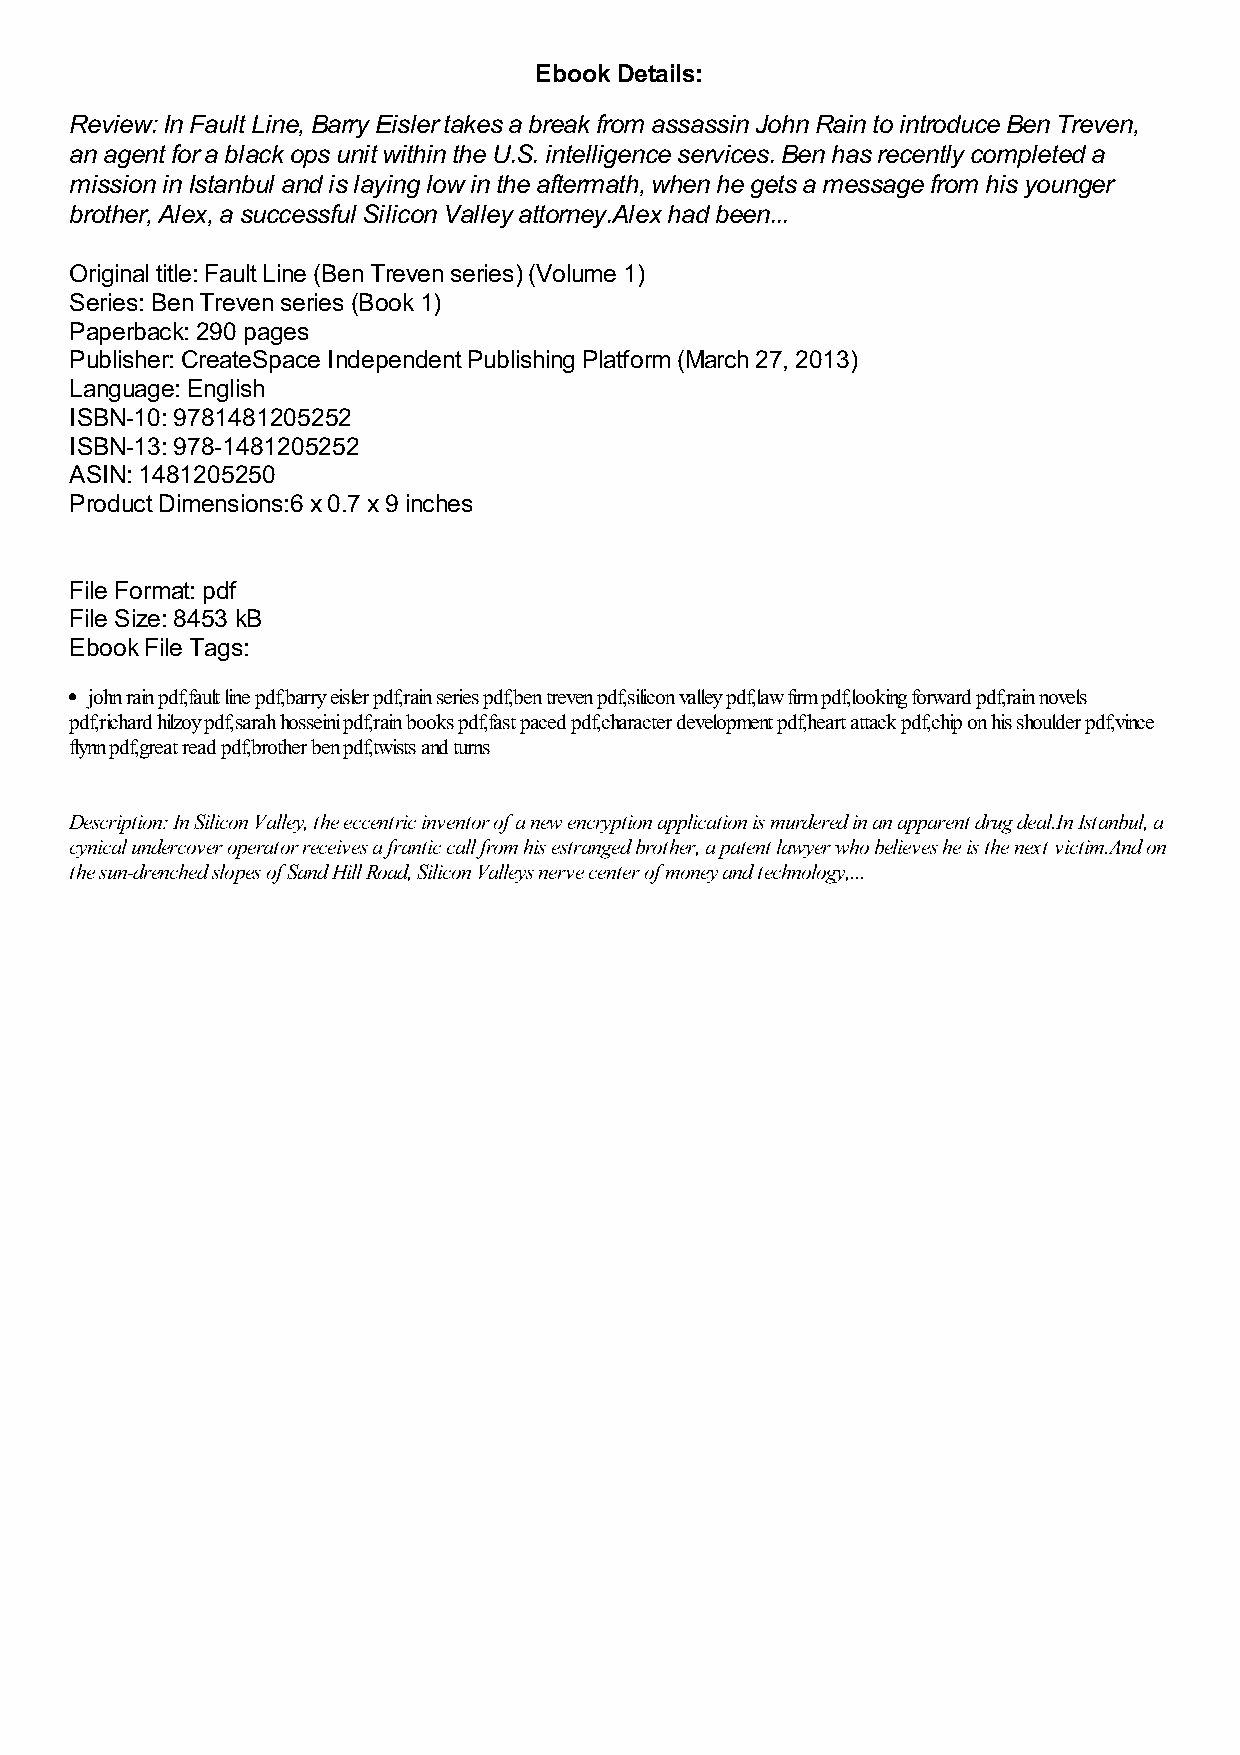
Ebook Details:
 Review: In Fault Line, Barry Eisler takes a break from assassin John Rain to introduce Ben Treven,
 an agent for a black ops unit within the U.S. intelligence services. Ben has recently completed a
 mission in Istanbul and is laying low in the aftermath, when he gets a message from his younger
 brother, Alex, a successful Silicon Valley attorney.Alex had been...
 Original title: Fault Line (Ben Treven series) (Volume 1)
 Series: Ben Treven series (Book 1)
 Paperback: 290 pages
 Publisher: CreateSpace Independent Publishing Platform (March 27, 2013)
 Language: English
 ISBN-10: 9781481205252
 ISBN-13: 978-1481205252
 ASIN: 1481205250
 Product Dimensions:6 x 0.7 x 9 inches
 File Format: pdf
 File Size: 8453 kB
 Ebook File Tags:
 john rain pdf,fault line pdf,barry eisler pdf,rain series pdf,ben treven pdf,silicon valley pdf,law firm pdf,looking forward pdf,rain novels
 pdf,richard hilzoy pdf,sarah hosseini pdf,rain books pdf,fast paced pdf,character development pdf,heart attack pdf,chip on his shoulder pdf,vince
 flynn pdf,great read pdf,brother ben pdf,twists and turns
 Description: In Silicon Valley, the eccentric inventor of a new encryption application is murdered in an apparent drug deal.In Istanbul, a
 cynical undercover operator receives a frantic call from his estranged brother, a patent lawyer who believes he is the next victim.And on
 the sun-drenched slopes of Sand Hill Road, Silicon Valleys nerve center of money and technology,...